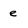
Character: e